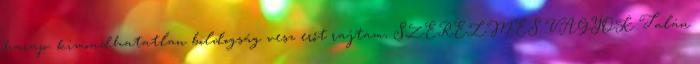
harap. kimondhatatlan boldogság vesz erőt rajtam, SZERELMES VAGYOK Talán